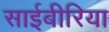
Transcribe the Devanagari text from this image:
साईबीरिया